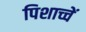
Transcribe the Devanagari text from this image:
पिशाच्चें